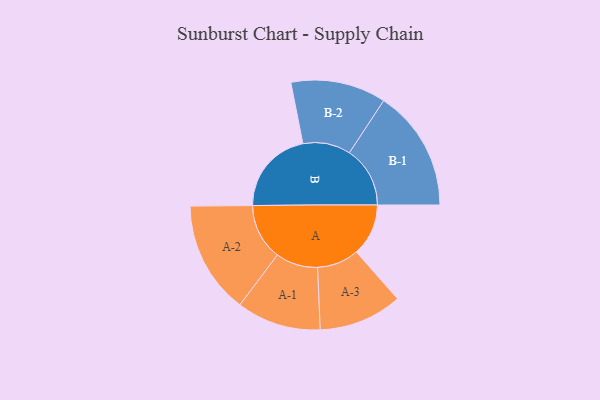
{"axis": {"x": "Segment", "y": "Value"}, "legend": ["", "A", "B"], "data": [{"x": "A", "y": 236, "type": ""}, {"x": "B", "y": 385, "type": ""}, {"x": "A-1", "y": 191, "type": "A"}, {"x": "A-2", "y": 255, "type": "A"}, {"x": "A-3", "y": 189, "type": "A"}, {"x": "B-1", "y": 275, "type": "B"}, {"x": "B-2", "y": 216, "type": "B"}]}